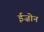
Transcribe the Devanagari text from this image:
ईज़ोन